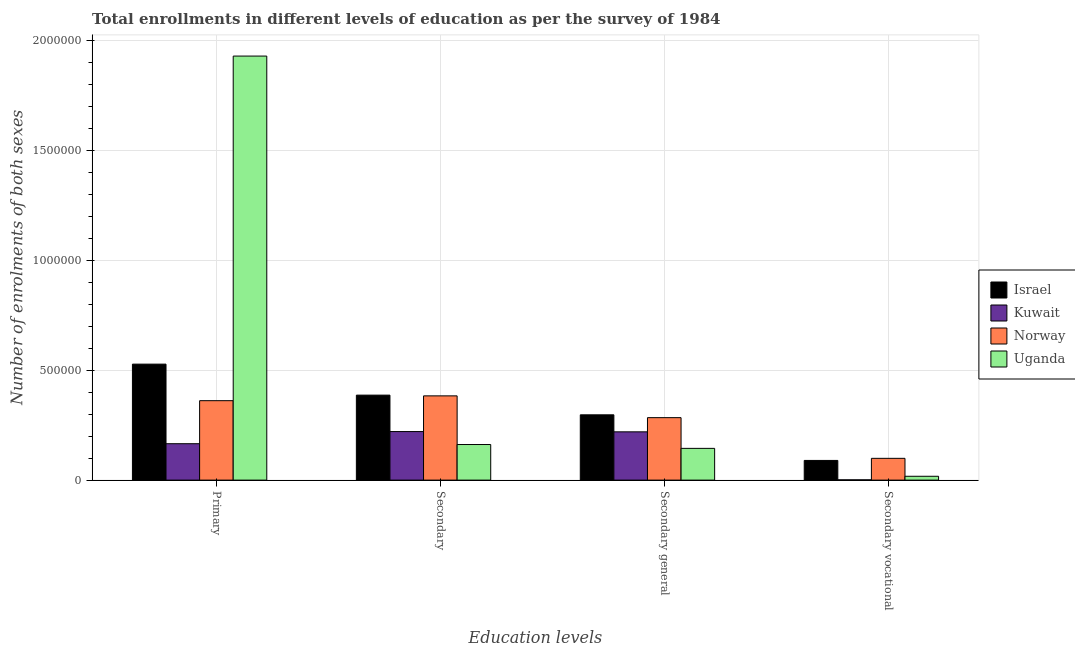
| Education levels | Israel | Kuwait | Norway | Uganda |
 | --- | --- | --- | --- | --- |
 | Primary | 5.28e+05 | 1.66e+05 | 3.62e+05 | 1.93e+06 |
 | Secondary | 3.87e+05 | 2.21e+05 | 3.83e+05 | 1.62e+05 |
 | Secondary general | 2.97e+05 | 2.2e+05 | 2.84e+05 | 1.45e+05 |
 | Secondary vocational | 8.96e+04 | 1.22e+03 | 9.91e+04 | 1.75e+04 |